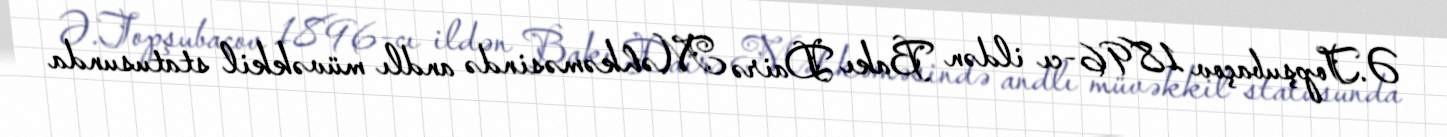
Ə.Topşubaçov 1896-cı ildən Bakı Dairə Məhkəməsində andlı müvəkkil statusunda